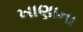
ખાણાના